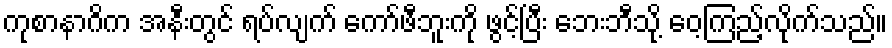
ကုစာနာဂိက အနီးတွင် ရပ်လျက် ကော်ဖီဘူးကို ဖွင့်ပြီး ဘေးဘီသို့ ဝေ့ကြည့်လိုက်သည်။